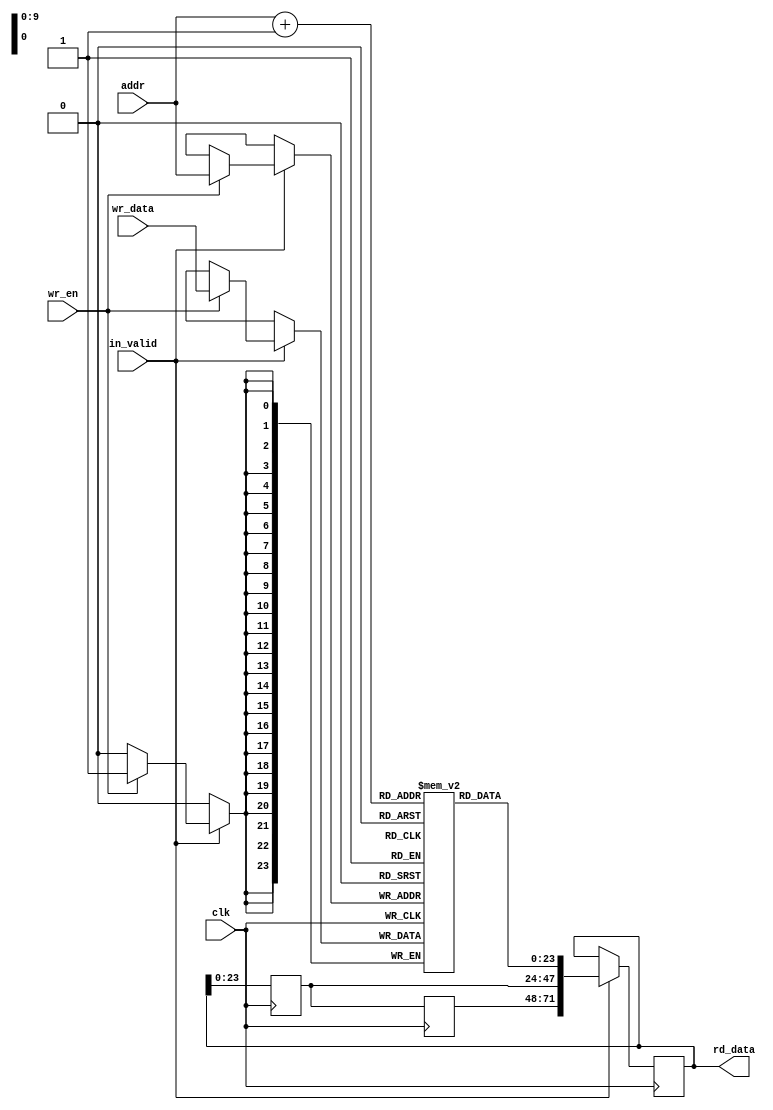
module LINE_BUFFER #(
    parameter LINE_WIDTH = 640,
    parameter PIXEL_DATA_WIDTH = 24,
    parameter NUM_ADDR_BITS = 10
) (
    input wire                              clk,
    input wire                              wr_en,
    input wire                              in_valid,

    // Read and Write
    input wire [PIXEL_DATA_WIDTH-1:0]       wr_data, // write 1 pixel at a time
    output wire [3*PIXEL_DATA_WIDTH-1:0]    rd_data, // return 3 pixels at a time
    input wire  [NUM_ADDR_BITS-1:0]         addr     // 10 bits needed to address 640 bits
);

    reg [PIXEL_DATA_WIDTH-1:0] mem [LINE_WIDTH-1:0];
    reg [PIXEL_DATA_WIDTH-1:0] prev_prev_read, prev_read;
    reg [3*PIXEL_DATA_WIDTH-1:0] rd_data_internal;
    assign rd_data = rd_data_internal;

    /*
    initial prev_prev_read = {PIXEL_DATA_WIDTH{1'b0}};
    initial prev_read = {PIXEL_DATA_WIDTH{1'b0}};
    */

    // write on clk rising edge if wr_en
    always@(posedge clk) begin
        if (in_valid) begin
            if (wr_en) begin
                mem[addr] <= wr_data;
            end
            //rd_data_internal <= {mem[addr-1], mem[addr], mem[addr+1]};
            rd_data_internal <= {prev_prev_read, prev_read, mem[addr+1]};
        end
    end
    
    always@(negedge clk) begin
        prev_prev_read <= prev_read;
        prev_read <= rd_data_internal[PIXEL_DATA_WIDTH-1:0];
    end
    

endmodule